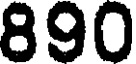
890